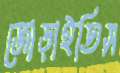
জোড়াইতিস